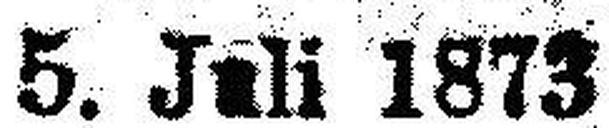
5. Juli 1873